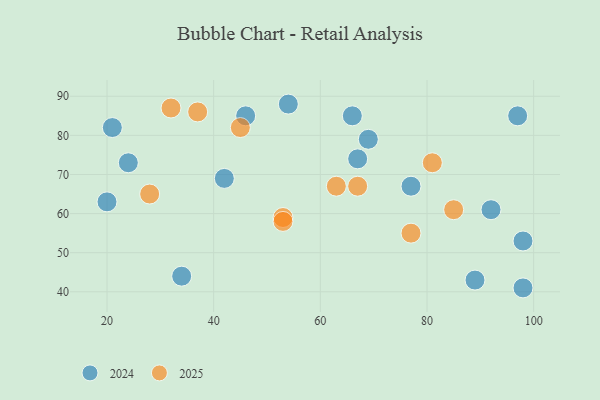
{"axis": {"x": "GDP", "y": "Life Expectancy"}, "legend": ["2024", "2025"], "data": [{"x": "42", "y": 69, "type": "2024"}, {"x": "98", "y": 53, "type": "2024"}, {"x": "21", "y": 82, "type": "2024"}, {"x": "54", "y": 88, "type": "2024"}, {"x": "34", "y": 44, "type": "2024"}, {"x": "89", "y": 43, "type": "2024"}, {"x": "98", "y": 41, "type": "2024"}, {"x": "46", "y": 85, "type": "2024"}, {"x": "67", "y": 74, "type": "2024"}, {"x": "92", "y": 61, "type": "2024"}, {"x": "77", "y": 67, "type": "2024"}, {"x": "20", "y": 63, "type": "2024"}, {"x": "97", "y": 85, "type": "2024"}, {"x": "69", "y": 79, "type": "2024"}, {"x": "24", "y": 73, "type": "2024"}, {"x": "66", "y": 85, "type": "2024"}, {"x": "63", "y": 67, "type": "2025"}, {"x": "28", "y": 65, "type": "2025"}, {"x": "37", "y": 86, "type": "2025"}, {"x": "53", "y": 59, "type": "2025"}, {"x": "85", "y": 61, "type": "2025"}, {"x": "53", "y": 58, "type": "2025"}, {"x": "81", "y": 73, "type": "2025"}, {"x": "67", "y": 67, "type": "2025"}, {"x": "32", "y": 87, "type": "2025"}, {"x": "77", "y": 55, "type": "2025"}, {"x": "45", "y": 82, "type": "2025"}]}